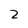
Character: 2